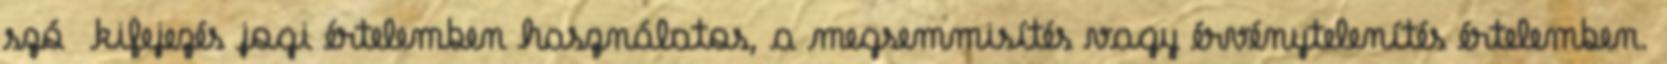
szó kifejezés jogi értelemben használatos, a megsemmisítés vagy érvénytelenítés értelemben.